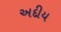
અદીય